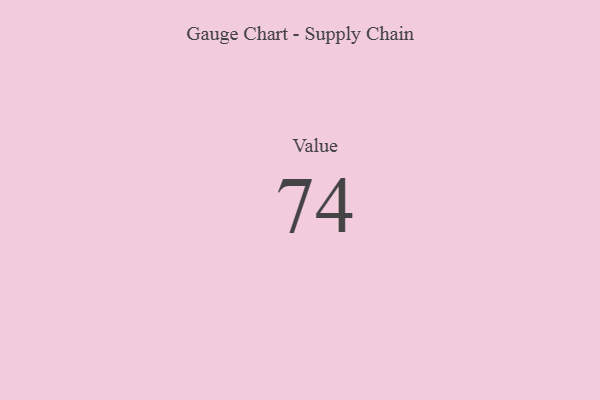
{"axis": {"x": "Metric", "y": "Value"}, "legend": [""], "data": [{"x": "Value", "y": 74, "type": ""}]}